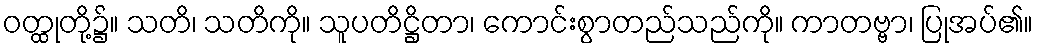
ဝတ္ထုတို့၌။ သတိ၊ သတိကို။ သူပတိဋ္ဌိတာ၊ ကောင်းစွာတည်သည်ကို။ ကာတဗ္ဗာ၊ ပြုအပ်၏။